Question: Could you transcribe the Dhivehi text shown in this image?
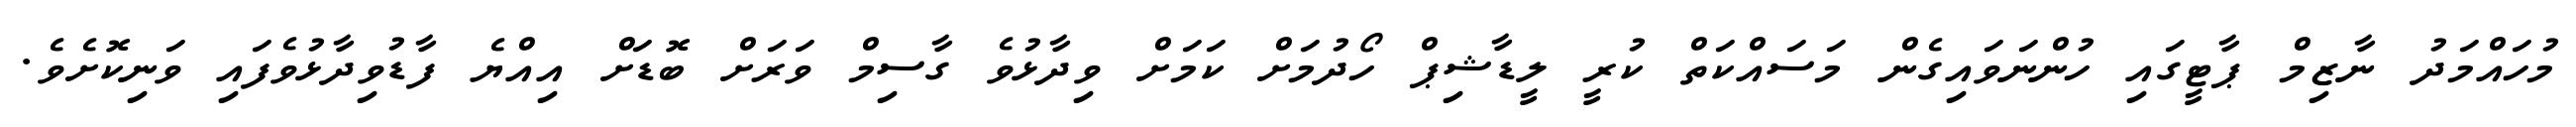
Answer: މުހައްމަދު ނާޒިމް ޕާޓީގައި ހުންނަވައިގެން މަސައްކަތް ކުރީ ލީޑާޝިޕް ހޯދުމަށް ކަމަށް ވިދާޅުވެ ގާސިމް ވަރަށް ބޮޑަށް އިއްޔެ ފާޑުވިދާޅުވެފައި ވަނިކޮށެވެ.